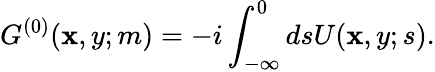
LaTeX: G^{(0)}(\mathbf{x},y;m)=-i\int_{-\infty}^{0}dsU(\mathbf{x},y;s).